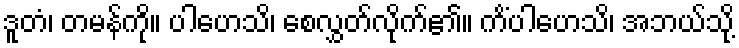
ဒူတံ၊ တမန်ကို။ ပါဟေသိ၊ စေလွှတ်လိုက်၏။ ကိံပါဟေသိ၊ အဘယ်သို့